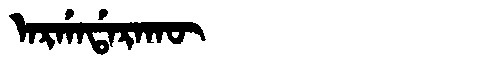
Manchu: ᠠᡵᡤᠠᡩᠠᡵᠠᡴᡡ
Romanization: ARGADARAKŪ